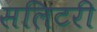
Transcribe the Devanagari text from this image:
सलिटरी